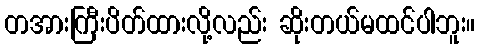
တအားကြီးပိတ်ထားလို့လည်း ဆိုးတယ်မထင်ပါဘူး။